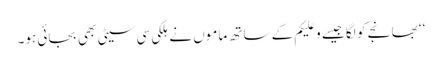
‘‘ بھانجے کو لگا جیسے وعلیکم کے ساتھ ماموں نے ہلکی سی سیٹی بھی بجائی ہو۔